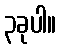
၃ခုပါ။